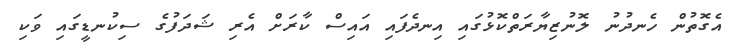
އެގޮތުން ހެނދުނު ލޮނުޒިޔާރަތްކޮޅުގައި އިނދެފައި އައިސް ކާރަށް އެރި ޝަދަފުގެ ސިކުނޑީގައި ވަކި